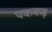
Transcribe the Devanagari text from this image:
पककड़